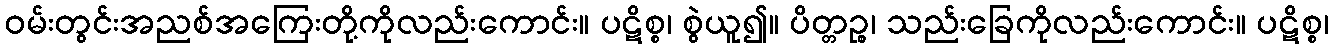
ဝမ်းတွင်းအညစ်အကြေးတို့ကိုလည်းကောင်း။ ပဋိစ္စ၊ စွဲယူ၍။ ပိတ္တဉ္စ၊ သည်းခြေကိုလည်းကောင်း။ ပဋိစ္စ၊